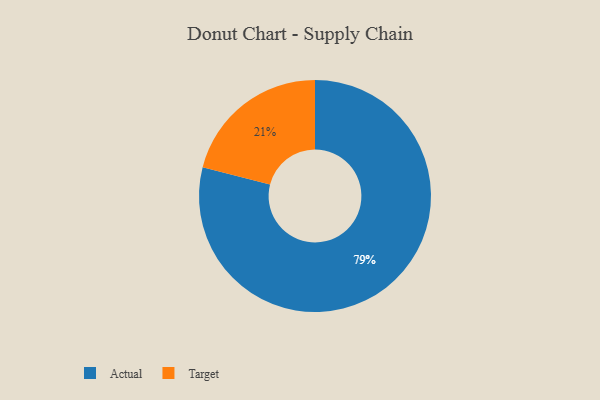
{"axis": {"x": "Category", "y": "Percentage"}, "legend": ["Actual", "Target"], "data": [{"x": "Target", "y": 21, "type": "Target"}, {"x": "Actual", "y": 79, "type": "Actual"}]}